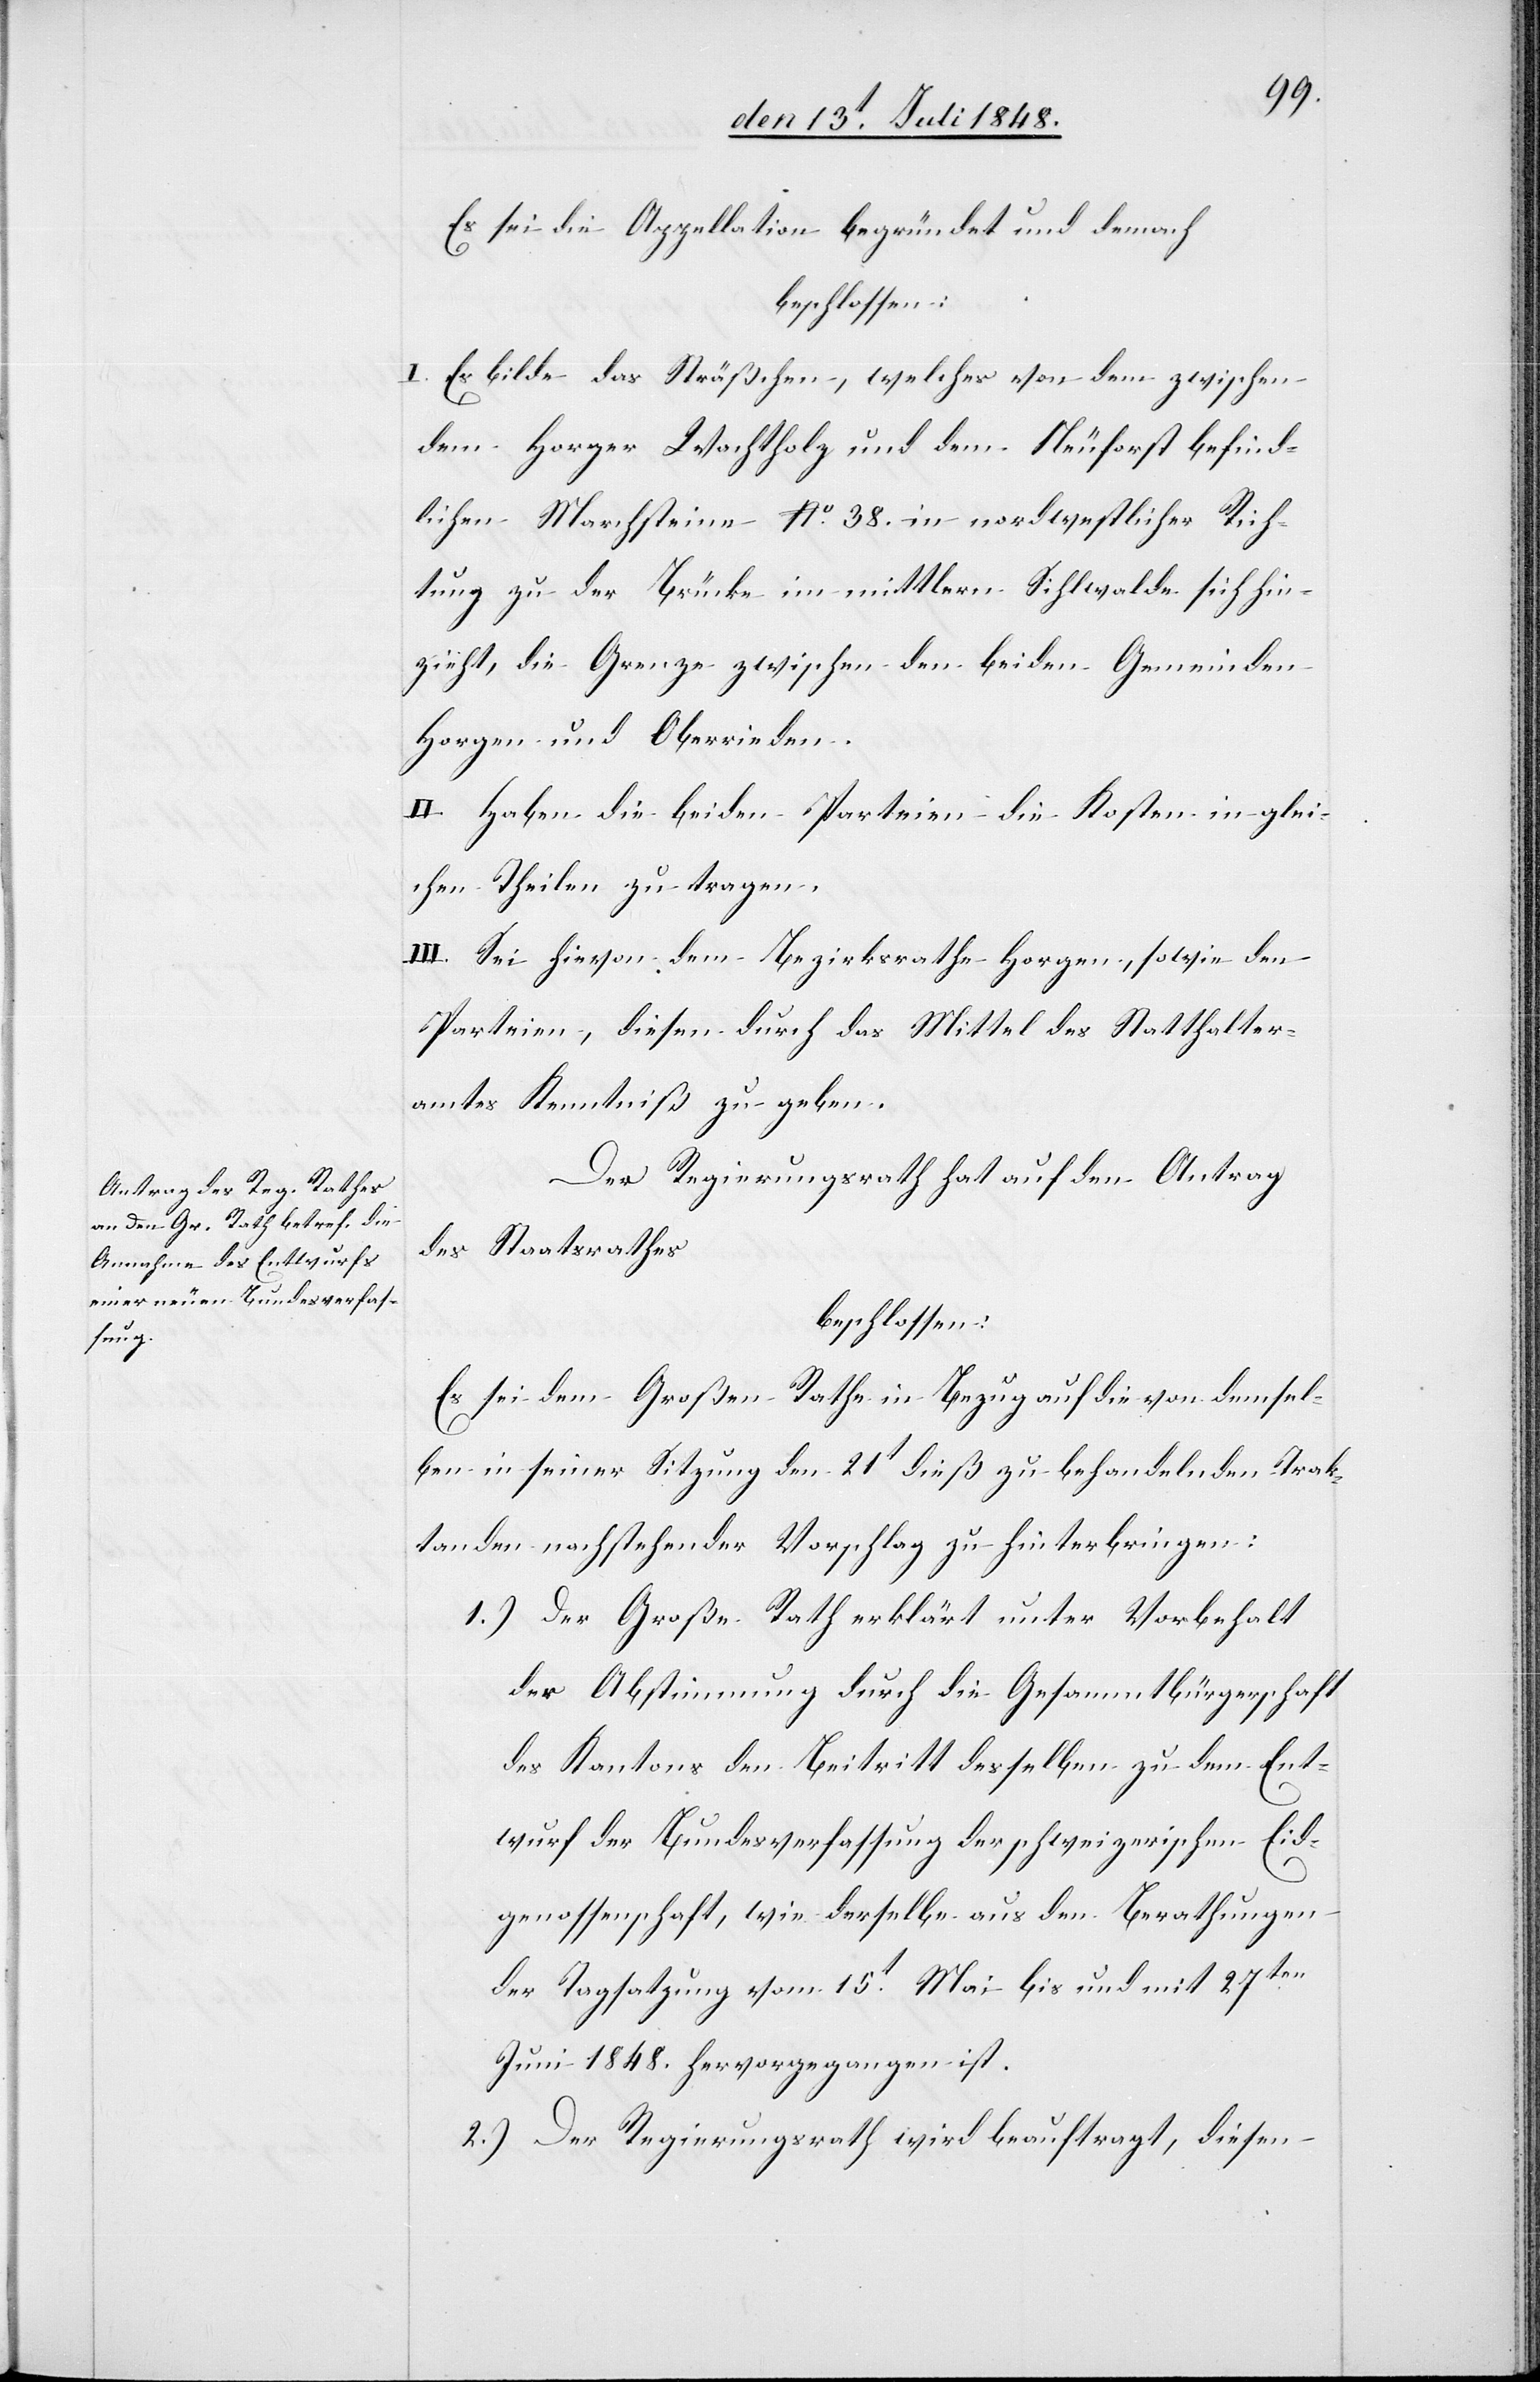
Es sei die Appellation begründet und dem[n]ach
beschlossen:
I. Es bilde das Sträßchen, welches von dem zwischen
dem Horger Wachtholz und dem Neuforst befind¬
lichen Marchsteine No 38. in nordwestlicher Rich¬
tung zu der Brücke im mittlern Sihlwalde sich hin¬
zieht, die Grenze zwischen den beiden Gemeinden
Horgen und Oberrieden.
II. Haben die beiden Parteien die Kosten in glei¬
chen Theilen zu tragen.
III. Sei hievon dem Bezirksrathe Horgen, sowie den
Parteien, diesen durch das Mittel des Statthalter¬
amtes Kenntniß zu geben.
Der Regierungsrath hat auf den Antrag
des Staatsrathes
beschlossen.
Es sei dem Großen Rathe in Bezug auf die von demsel¬
ben in seiner Sitzung den 21t dieß zu behandelnden Trak¬
tanden nachstehender Vorschlag zu hinterbringen:
1.) Der Große Rath erklärt unter Vorbehalt
der Abstimmung durch die Gesammtbürgerschaft
des Kantons den Beitritt desselben zu dem Ent¬
wurf der Bundesverfassung der schweizerischen Eid¬
genossenschaft, wie derselbe aus den Berathungen
der Tagsatzung vom 15t Mai bis und mit 27ten
Juni 1848. hervorgegangen ist.
2.) Der Regierungsrath wird beauftragt, diesen